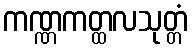
ကဏ္ဏကတ္ထလသုတ္တံ